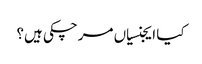
کیا ایجنسیاں مرچکی ہیں؟